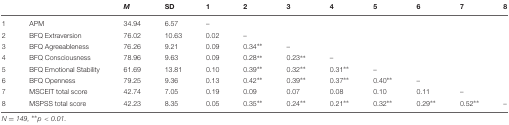
<table><thead><tr><td></td><td></td><td><b><i>M</i></b></td><td><b>SD</b></td><td><b>1</b></td><td><b>2</b></td><td><b>3</b></td><td><b>4</b></td><td><b>5</b></td><td><b>6</b></td><td><b>7</b></td><td><b>8</b></td></tr></thead><tbody><tr><td>1</td><td>APM</td><td>34.94</td><td>6.57</td><td>–</td><td></td><td></td><td></td><td></td><td></td><td></td><td></td></tr><tr><td>2</td><td>BFQ Extraversion</td><td>76.02</td><td>10.63</td><td>0.02</td><td>–</td><td></td><td></td><td></td><td></td><td></td><td></td></tr><tr><td>3</td><td>BFQ Agreeableness</td><td>76.26</td><td>9.21</td><td>0.09</td><td>0.34**</td><td>–</td><td></td><td></td><td></td><td></td><td></td></tr><tr><td>4</td><td>BFQ Consciousness</td><td>78.96</td><td>9.63</td><td>0.09</td><td>0.28**</td><td>0.23**</td><td>–</td><td></td><td></td><td></td><td></td></tr><tr><td>5</td><td>BFQ Emotional Stability</td><td>61.69</td><td>13.81</td><td>0.10</td><td>0.39**</td><td>0.32**</td><td>0.31**</td><td>–</td><td></td><td></td><td></td></tr><tr><td>6</td><td>BFQ Openness</td><td>79.25</td><td>9.36</td><td>0.13</td><td>0.42**</td><td>0.39**</td><td>0.37**</td><td>0.40**</td><td>–</td><td></td><td></td></tr><tr><td>7</td><td>MSCEIT total score</td><td>42.74</td><td>7.05</td><td>0.19</td><td>0.09</td><td>0.07</td><td>0.08</td><td>0.10</td><td>0.11</td><td>–</td><td></td></tr><tr><td>8</td><td>MSPSS total score</td><td>42.23</td><td>8.35</td><td>0.05</td><td>0.35**</td><td>0.24**</td><td>0.21**</td><td>0.32**</td><td>0.29**</td><td>0.52**</td><td>–</td></tr></tbody></table>